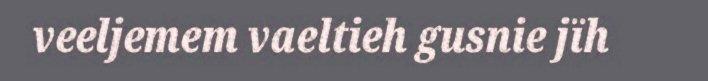
veeljemem vaeltieh gusnie jïh